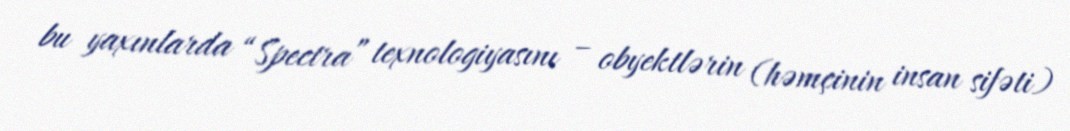
bu yaxınlarda “Spectra” texnologiyasını – obyektlərin (həmçinin insan sifəti)